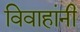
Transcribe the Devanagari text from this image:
विवाहांनी